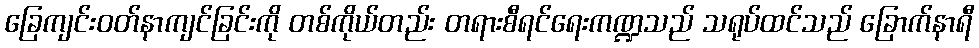
ခြေကျင်းဝတ်နာကျင်ခြင်းကို တစ်ကိုယ်တည်း တရားစီရင်ရေးကဏ္ဍသည် သရုပ်ထင်သည် ခြောက်နာရီ